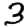
Digit: 3